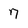
Character: 7